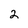
Character: 2